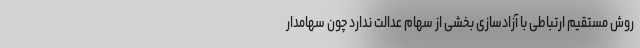
روش مستقیم ارتباطی با آزادسازی بخشی از سهام عدالت ندارد چون سهامدار